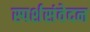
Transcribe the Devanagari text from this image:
स्पर्शसंवेदन